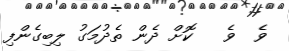
ވެ  ވެ   ކޮށް ދެން ތެދުމަގު ލިބިގެންފި